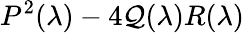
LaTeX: P^{2}(\lambda)-4\mathcal{Q}(\lambda)R(\lambda)